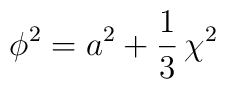
\phi^2=a^2+\frac{1}{3}\,\chi^2